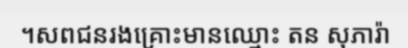
។សពជនរងគ្រោះមានឈ្មោះ តន សុភារ៉ា